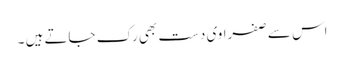
اس سے صفراوی دست بھی رک جاتے ہیں ۔